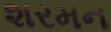
શરમન